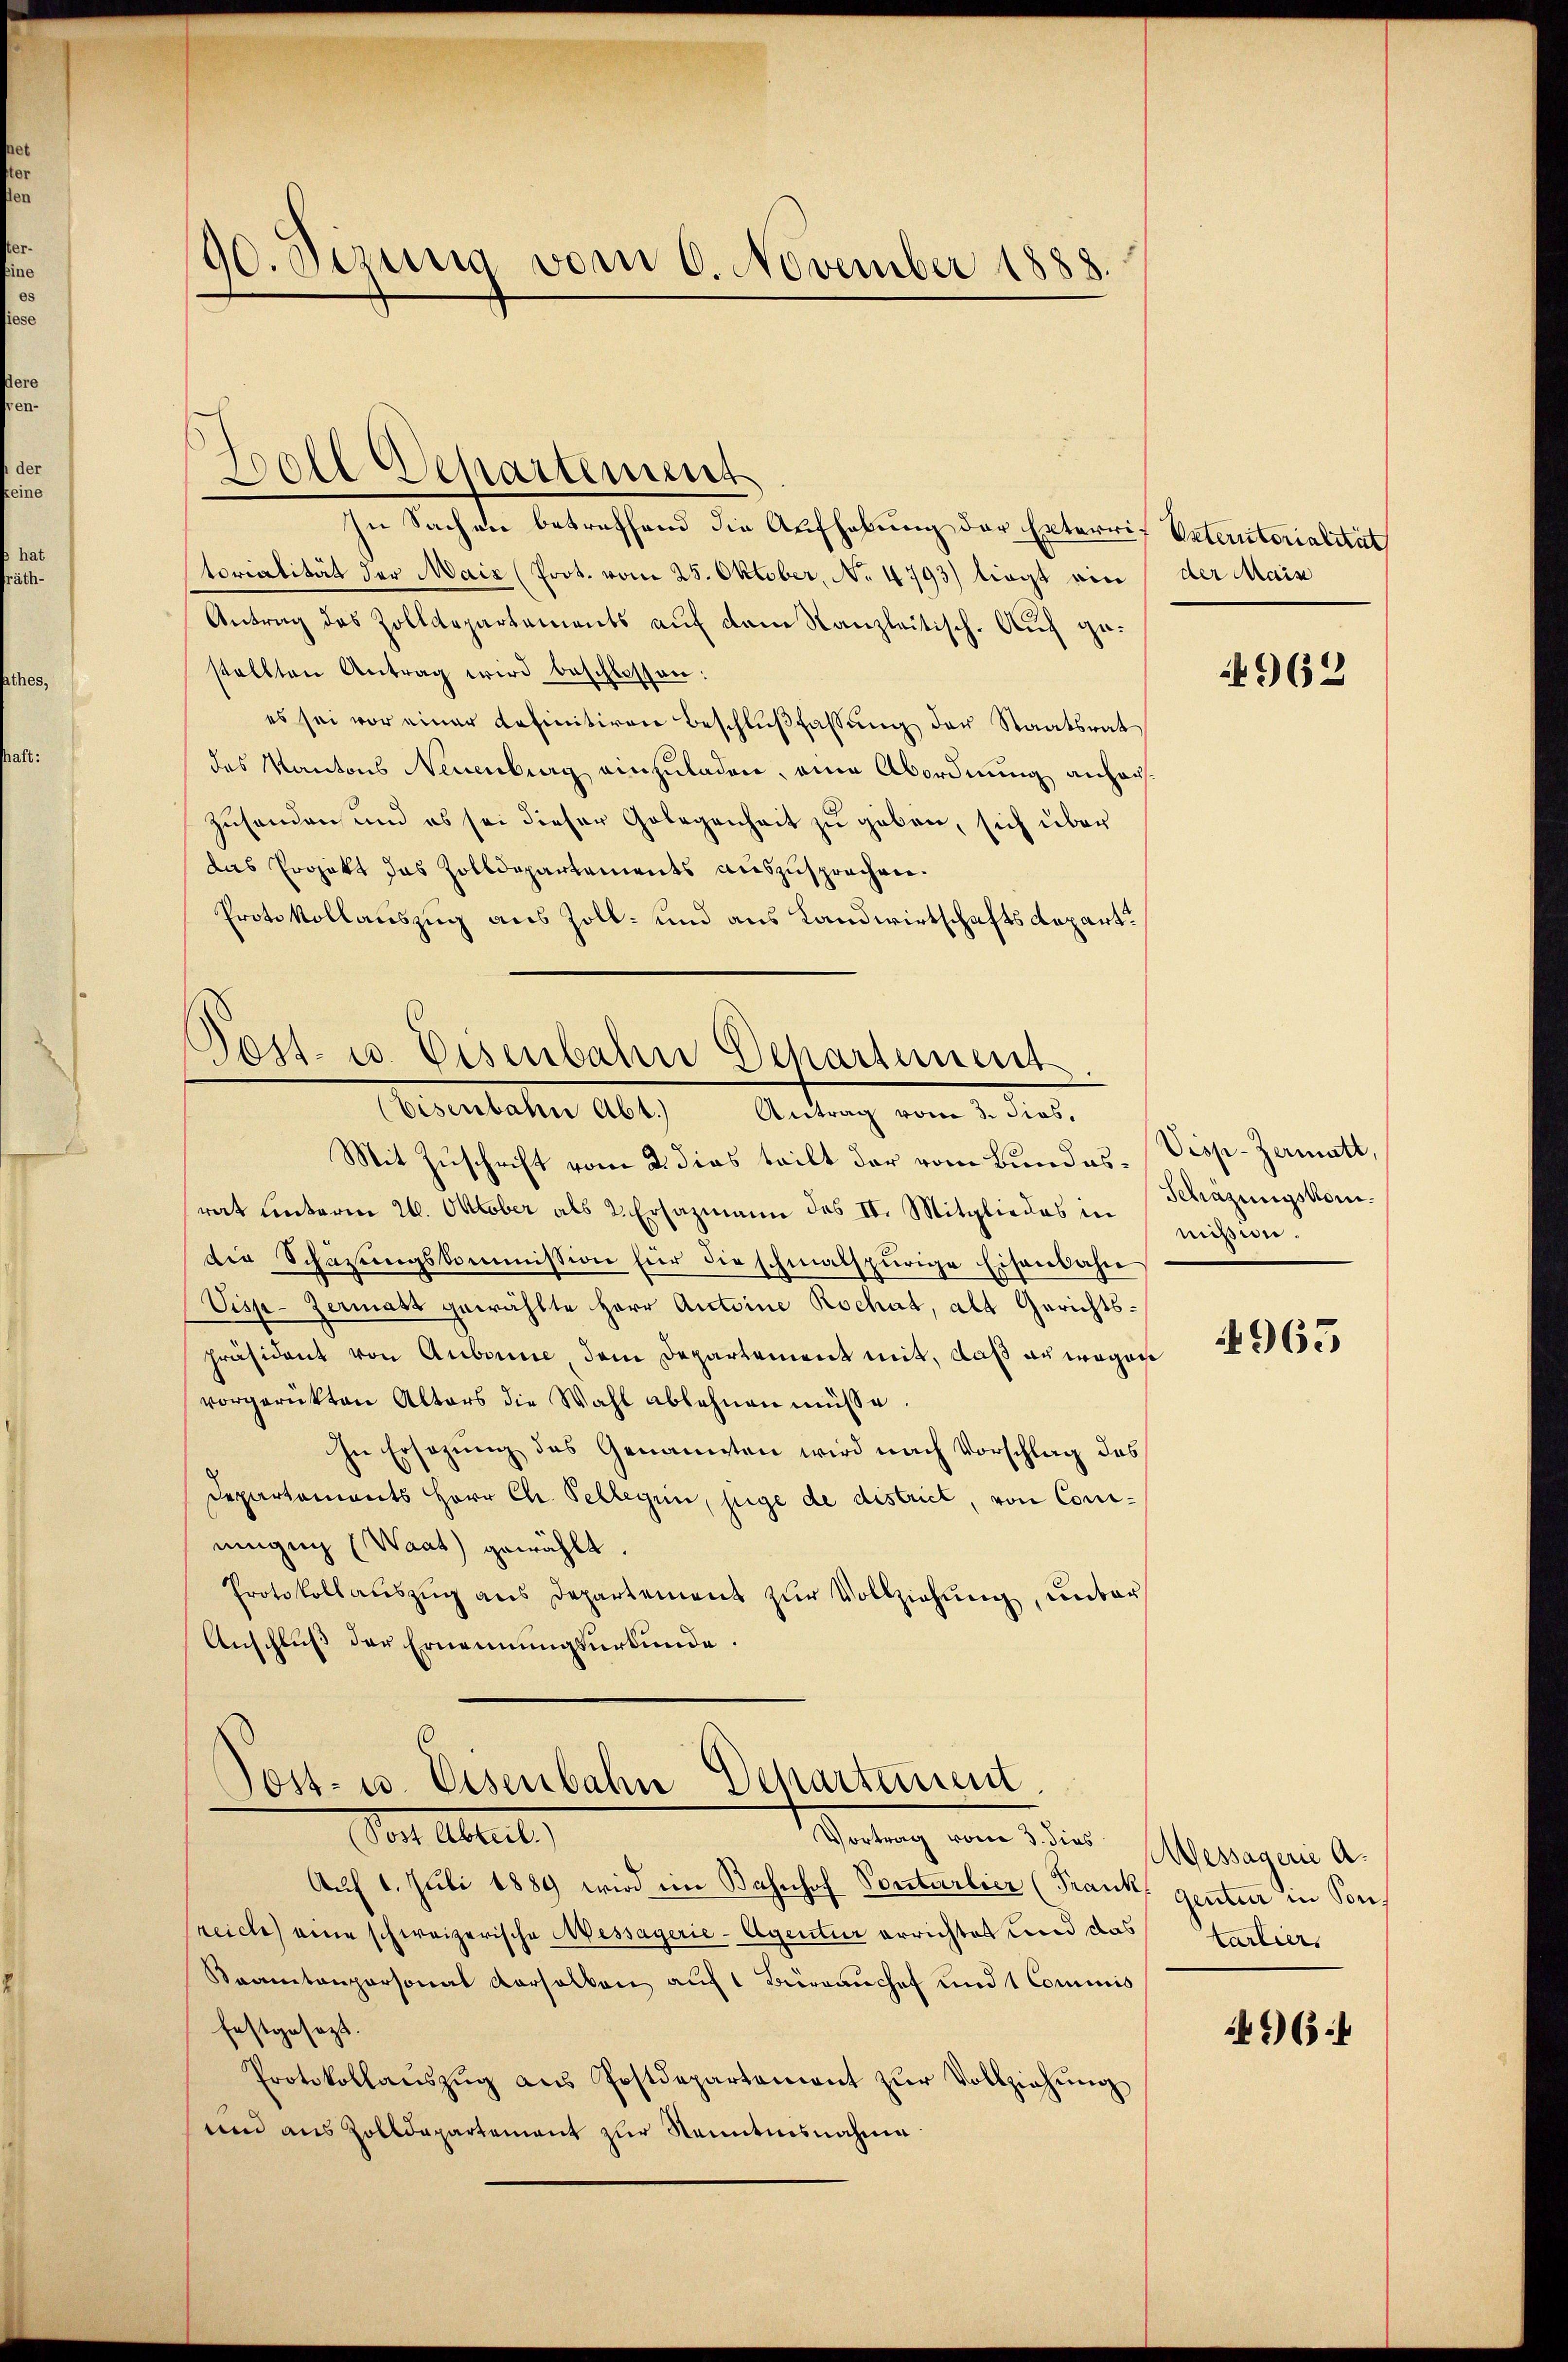
90. Sizung vom 6. November 1888.

In Sachen betreffend die Aufhebung der Exterrif Unteritorialität
torialität der Mais (Prot. vom 25. Oktober, No 4793) liegt ein
Antrag des Zolldepartements auf dem Kanzleitisch. Auch gestellten Antrag wird beschlossen:
es sei vor einer definitiven beschlŭβfassŭng der Staatsrat
des Kantons Neuenburg einzuladen, eine Abordnung anhar
Zusenden und es sei dieser Gelegenheit zu geben, sich über
das Projekt das Zolldepartements auszusprechen.
Protokollauszug aus Zoll- und aus Landwirtschaftsdepart.

Soll Departement

Post- u. Eisenbahn Departement.
(Eisenbahn Abt. Antrag vom 3. dies,

Mit Zuschrift vom 2. dies teilt der vom Bundes-Visp-Zermatt,
rat unterm 24. Oktober als 2. Ersazmann das II. Mitgliedes in
die Schazungskommission für die schmalspurige Eisenbahn
Visp-Zermast gewählte Herr Antoine Rochat, als Gerichts¬
Präsident von Aubonne dem Departement mit, daß an wegen
vorgerükten Alters die Wahl ablehnen müsse.
In Ersezung des Genannten wird nach Vorschlag des
Departements Herr Ch. Pellegen, juge de district, von Conmingung (Waat) gewählt.
Protokollaŭszŭg ans Departement zŭr Vollziehŭng, unter
Anschluß der Ernennungsurkunde.

Sost- u. Eisenbahn Departament.

der Main

Von Abreit,
Vortrag vom 3. dies Messagerie A.
Auf 1. Juli 1889 wird ein Bahnhof Sontarlier (Frank genten in Sonreiche eine schweizerische Messagerie-Agentur errichtet und das tartiers
Kaamtanpersonat verselben aŭf 1 Büreaŭchef und 1 Commis
festgesezt.
Protokollaŭszŭg aŭs Postdepartement zŭr Vollziehŭng
und aus Zolldepartement zur Nenntnisnahme

962

Schazungskommißion

4965

964